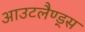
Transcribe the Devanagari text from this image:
आउटलैण्ड्स